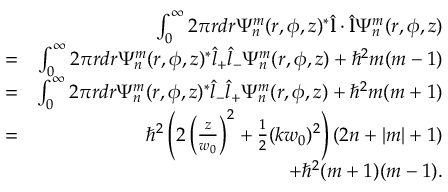
\begin{array} { r l r } & { } & { \int _ { 0 } ^ { \infty } 2 \pi r d r \Psi _ { n } ^ { m } ( r , \phi , z ) ^ { * } \hat { \bf l } \cdot \hat { \bf l } \Psi _ { n } ^ { m } ( r , \phi , z ) } \\ & { = } & { \int _ { 0 } ^ { \infty } 2 \pi r d r \Psi _ { n } ^ { m } ( r , \phi , z ) ^ { * } \hat { l } _ { + } \hat { l } _ { - } \Psi _ { n } ^ { m } ( r , \phi , z ) + \hbar ^ { 2 } m ( m - 1 ) } \\ & { = } & { \int _ { 0 } ^ { \infty } 2 \pi r d r \Psi _ { n } ^ { m } ( r , \phi , z ) ^ { * } \hat { l } _ { - } \hat { l } _ { + } \Psi _ { n } ^ { m } ( r , \phi , z ) + \hbar ^ { 2 } m ( m + 1 ) } \\ & { = } & { \hbar ^ { 2 } \left( 2 \left( \frac { z } { w _ { 0 } } \right) ^ { 2 } + \frac { 1 } { 2 } ( k w _ { 0 } ) ^ { 2 } \right) ( 2 n + | m | + 1 ) } \\ & { } & { + \hbar ^ { 2 } ( m + 1 ) ( m - 1 ) . } \end{array}